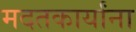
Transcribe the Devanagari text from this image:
मदतकार्यांना